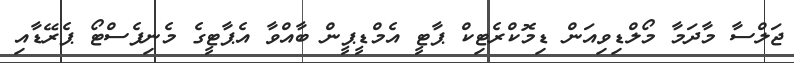
ޖަލްސާ މާދަމާ މޯލްޑިވިއަން ޑިމޮކްރެޓިކް ޕާޓީ އެމްޑީޕީން ބާއްވާ އެޕާޓީގެ މެނިފެސްޓޯ ޕެރޭޑާއި